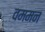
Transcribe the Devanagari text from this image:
वममन